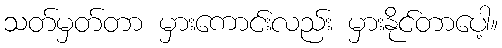
သတ်မှတ်တာ မှားကောင်းလည်း မှားနိုင်တာပေါ့။